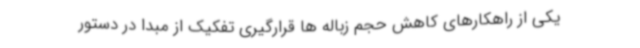
یکی از راهکارهای کاهش حجم زباله ها قرارگیری تفکیک از مبدا در دستور